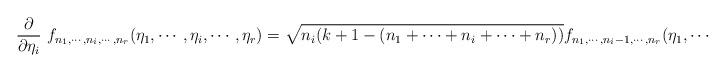
LaTeX: \begin{align*}\frac{\partial}{\partial\eta_i} ~ f_{n_1, \cdots, n_i, \cdots, n_r}(\eta_1,\cdots, \eta_i, \cdots, \eta_r) = \sqrt{n_i(k+1-(n_1+\cdots+n_i+\cdots+n_r))} f_{n_1, \cdots, n_i-1, \cdots, n_r}(\eta_1,\cdots, \eta_i, \cdots. \eta_r)\end{align*}